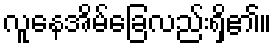
လူနေအိမ်ခြေလည်းရှိ၏။